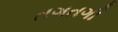
તગતગી